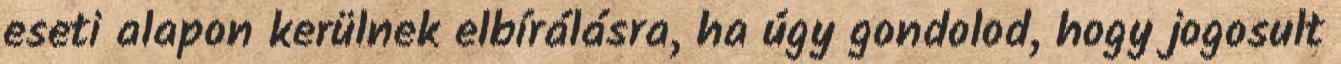
eseti alapon kerülnek elbírálásra, ha úgy gondolod, hogy jogosult